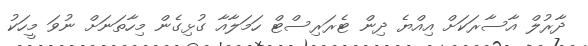
ދާރުލް އާސާރަކަށް އިއްޔެ ދިން ޓެރަރިސްޓް ހަމަލާއާ ގުޅިގެން މިހާތަނަށް ނުވަ މީހަކު